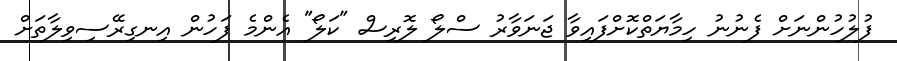
ފުލުހުންނަށް ފެނުނު ހިމާޔަތްކޮށްފައިވާ ޖަނަވާރު ސްލޯ ލޮރިސް "ކަލޯ" އެންމެ ފަހުން އިނގިރޭސިވިލާތަށް